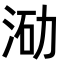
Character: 𭰛